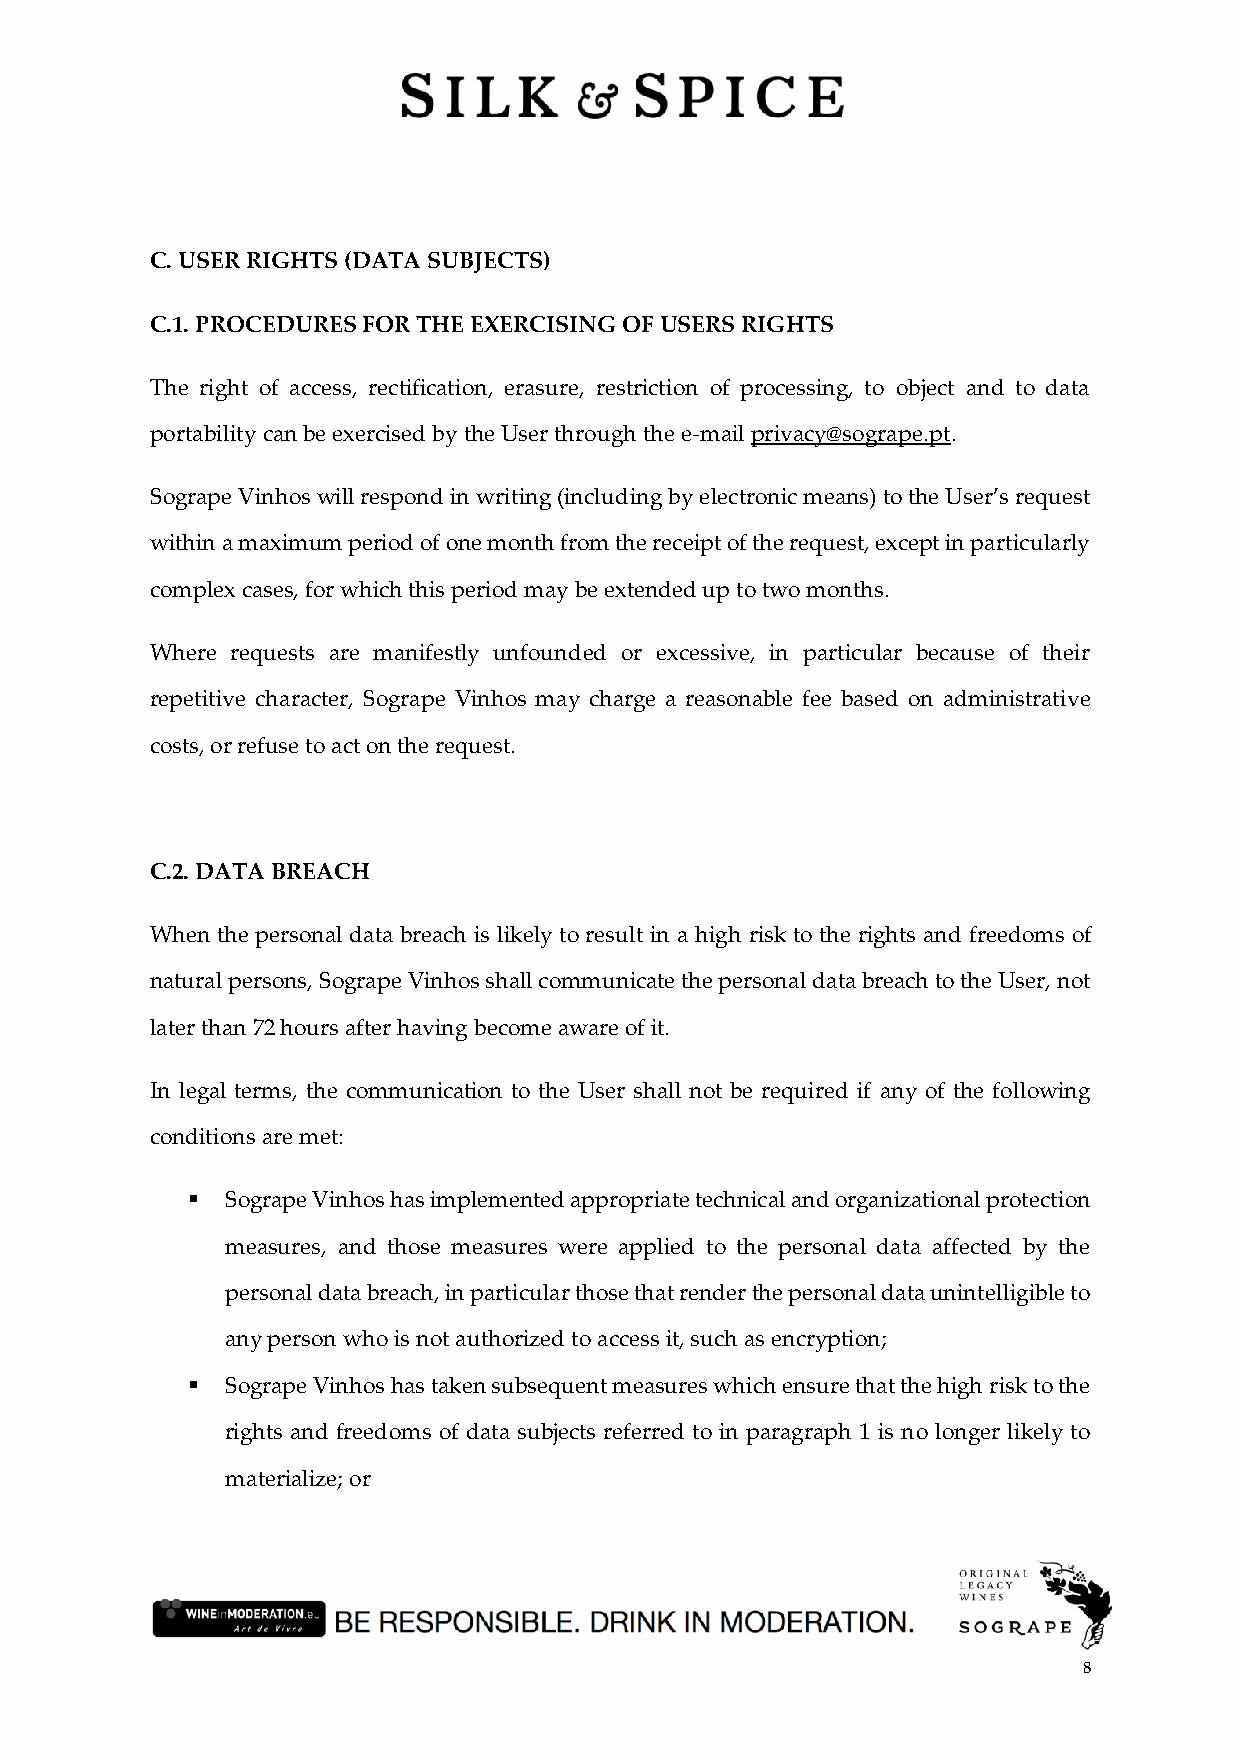
C. USER RIGHTS (DATA SUBJECTS)
 C.1. PROCEDURES FOR THE EXERCISING OF USERS RIGHTS
 The right of access, rectification, erasure, restriction of processing, to object and to data
 portability can be exercised by the User through the e-mail privacy@sogrape.pt.
 Sogrape Vinhos will respond in writing (including by electronic means) to the User’s request
 within a maximum period of one month from the receipt of the request, except in particularly
 complex cases, for which this period may be extended up to two months.
 Where requests are manifestly unfounded or excessive, in particular because of their
 repetitive character, Sogrape Vinhos may charge a reasonable fee based on administrative
 costs, or refuse to act on the request.
 C.2. DATA BREACH
 When the personal data breach is likely to result in a high risk to the rights and freedoms of
 natural persons, Sogrape Vinhos shall communicate the personal data breach to the User, not
 later than 72 hours after having become aware of it.
 In legal terms, the communication to the User shall not be required if any of the following
 conditions are met:
 ▪  Sogrape Vinhos has implemented appropriate technical and organizational protection
 measures, and those measures were applied to the personal data affected by the
 personal data breach, in particular those that render the personal data unintelligible to
 any person who is not authorized to access it, such as encryption;
 ▪  Sogrape Vinhos has taken subsequent measures which ensure that the high risk to the
 rights and freedoms of data subjects referred to in paragraph 1 is no longer likely to
 materialize; or
 8